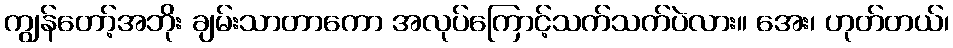
ကျွန်တော့်အဘိုး ချမ်းသာတာကော အလုပ်ကြောင့်သက်သက်ပဲလား။ အေး၊ ဟုတ်တယ်၊